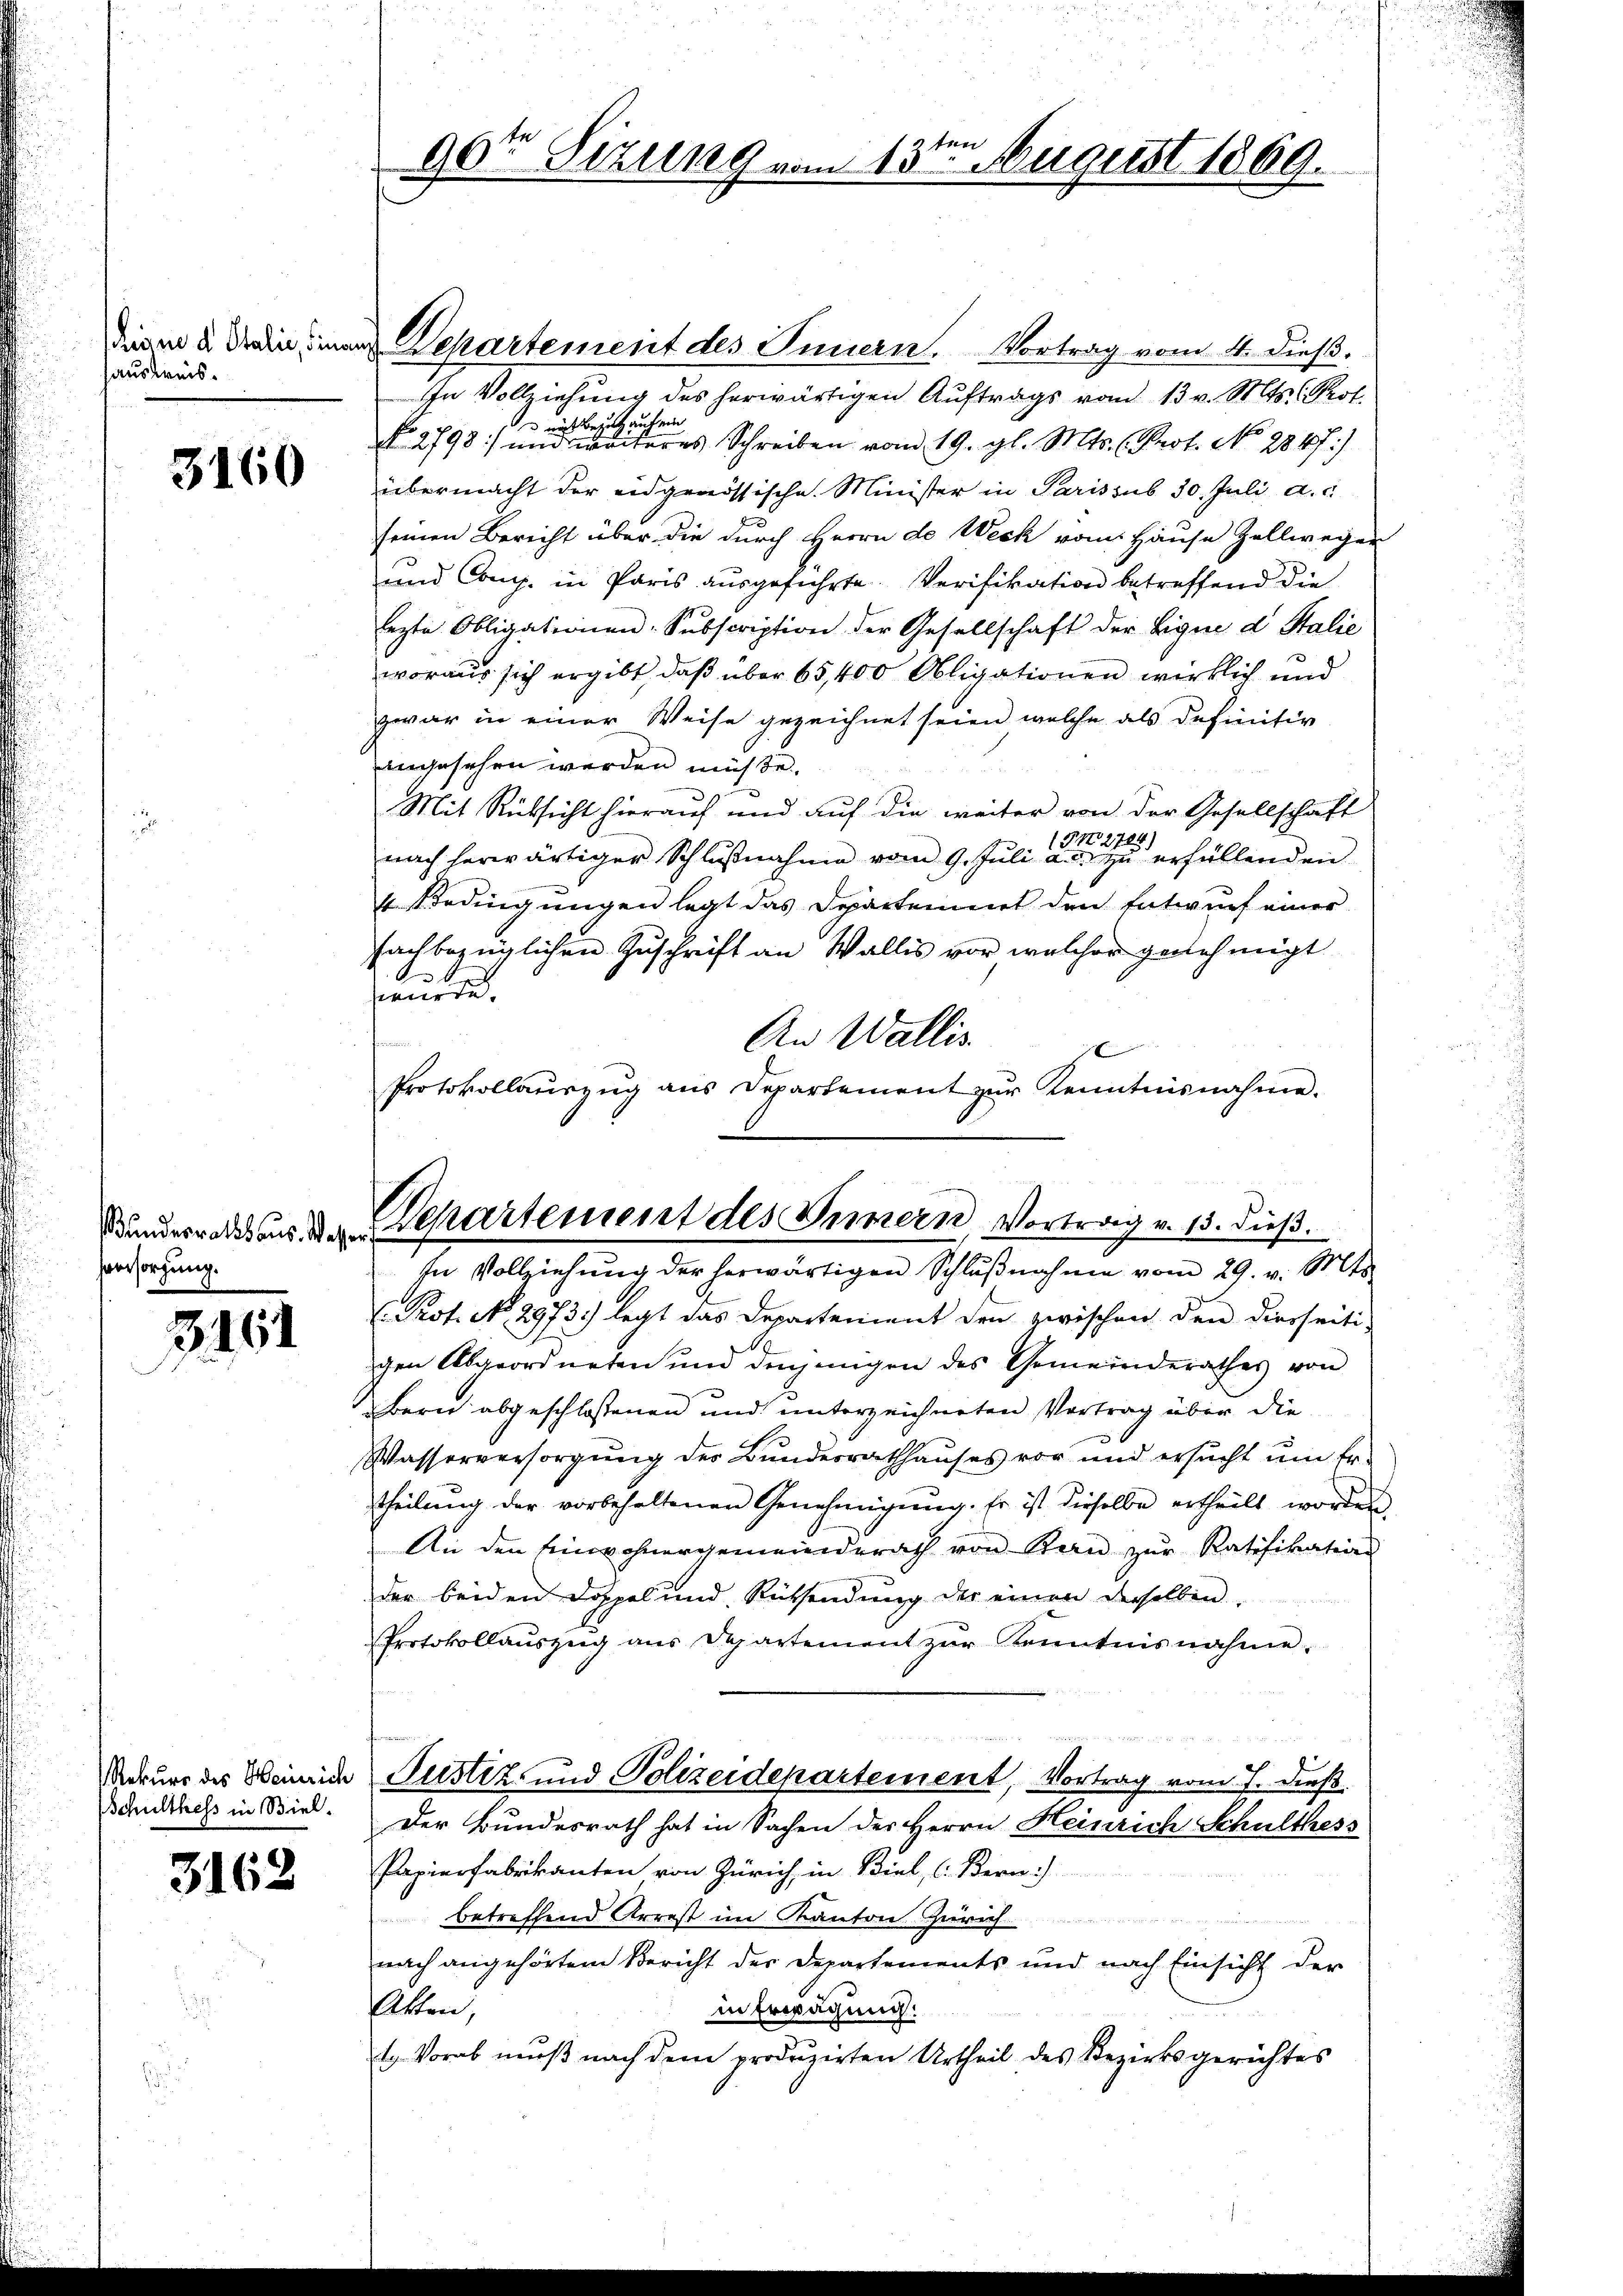
scheine d Italie, sind
auskreis¬

3160

Versorgung.

3. 161

Schulthess in Biel.

3162

fren
90te Sizung vom 13. August 1869.

an Departement des Innern. Vortrag vom 4. dieß.
In Vollziehung des herwärtigen Auftrags vom 13 v. Mts. (Prof.
wobe
 nicht Bezug aus
No. 2798) und weiteres Schreiben vom 19. gl. Mts. (Prof. No. 2847)
übermacht der eidgenössische Minister in Paris sub 30. Juli a.c.
seinen Bericht über die durch Herrn de Weck vom Hause Zellweger
und Comp. in Paris ausgeführte Verifikation betreffend die
lezte Obligationen Subscription der Gesellschaft der Liqui d Stalie
woraus sich ergibt, daß über 65,400 Obligationen wirklich und
zwar in einer Weise gezeichnet seien, welche als definitiv
angesehen werden müsse.
Mit Rüksicht hierauf und auf die weiter von der Gesellschaft
TN 2724)
nach herwärtiger Schlŭβnahme vom 9. Jŭli a. c. zŭ erfüllenden
4 Bedingungen legt das Departement den Entwurf einer
fachbezüglichen Zuschrift an Wallis vor welcher genehmigt
reuere.
An Wallis
n
j
Protokollauszug aus Departement zŭr Kenntnisnahme.

Bundesrath aus den Departement des Innern, Vortrag v. 15. dieß.

In Vollziehŭng der herwärtigen Schlŭβnahme vom 29. v. Mts.
Prot. No. 2973.) legt das Departement den zwischen den diesseiti-
gen Abgeordneten und denjungen des Gemeinderathes von
Bern abgeschlossenen und unterzeichneten Vortrag über die
Wasserversorgŭng des Bundesrathhaŭses vor und ersŭcht ŭm Er-
theilung der vorbehaltenen Genehmigŭng. Er ist dieselbe ertheilt worden
An den Einwohnergemeinderath von Bern zŭr Ratifikations
der beiden Doppel und Rücksendung der einen derselben,
Protokollauszug aus Departement zur Kenntnisnahme.
Rekurs des Weinrich Justiz- und Polizeidepartement, Vortrag vom 7. dieß.
Der Bundesrath hat in Sachen des Herrn Heinrich Schulthess
Papierfabrikanten von Zürich, in Biel, (Bern)
betreffend Arrest im Kanton Zürich
nach angehörtem Bericht der Departements und nach Einsicht der
Etten,
in Erwägung:
1. Vorab muß nach dem produzirten Urtheil des Bezirksgerichtes